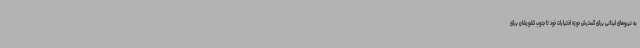
به نیروهای لبنانی برای گسترش حوزه اختیارات خود تا جنوب کشورشان برای